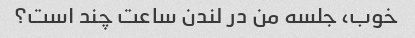
خوب، جلسه من در لندن ساعت چند است؟